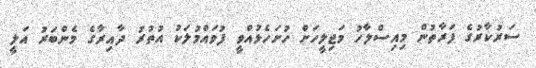
ސަރުކާރުގެ ފަރާތުން މިއިސްލާހު މަޖިލީހަށް ހުށަހެޅުއްވީ ފުވައްމުލަކު އުތުރު ދާއިރާގެ މެންބަރު އަލީ